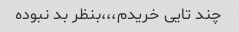
چند تایی خریدم،،،بنظر بد نبوده